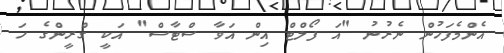
އެންމެފަހުން ނެރުނު "އަ ފޯލްޓް އިން އަވާ ސްޓާސް" އަކީ ގްރީންގެ ހަ